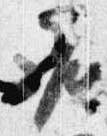
座